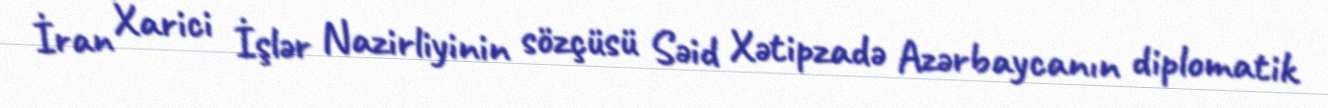
İran Xarici İşlər Nazirliyinin sözçüsü Səid Xətipzadə Azərbaycanın diplomatik